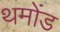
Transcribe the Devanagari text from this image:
थमोंड